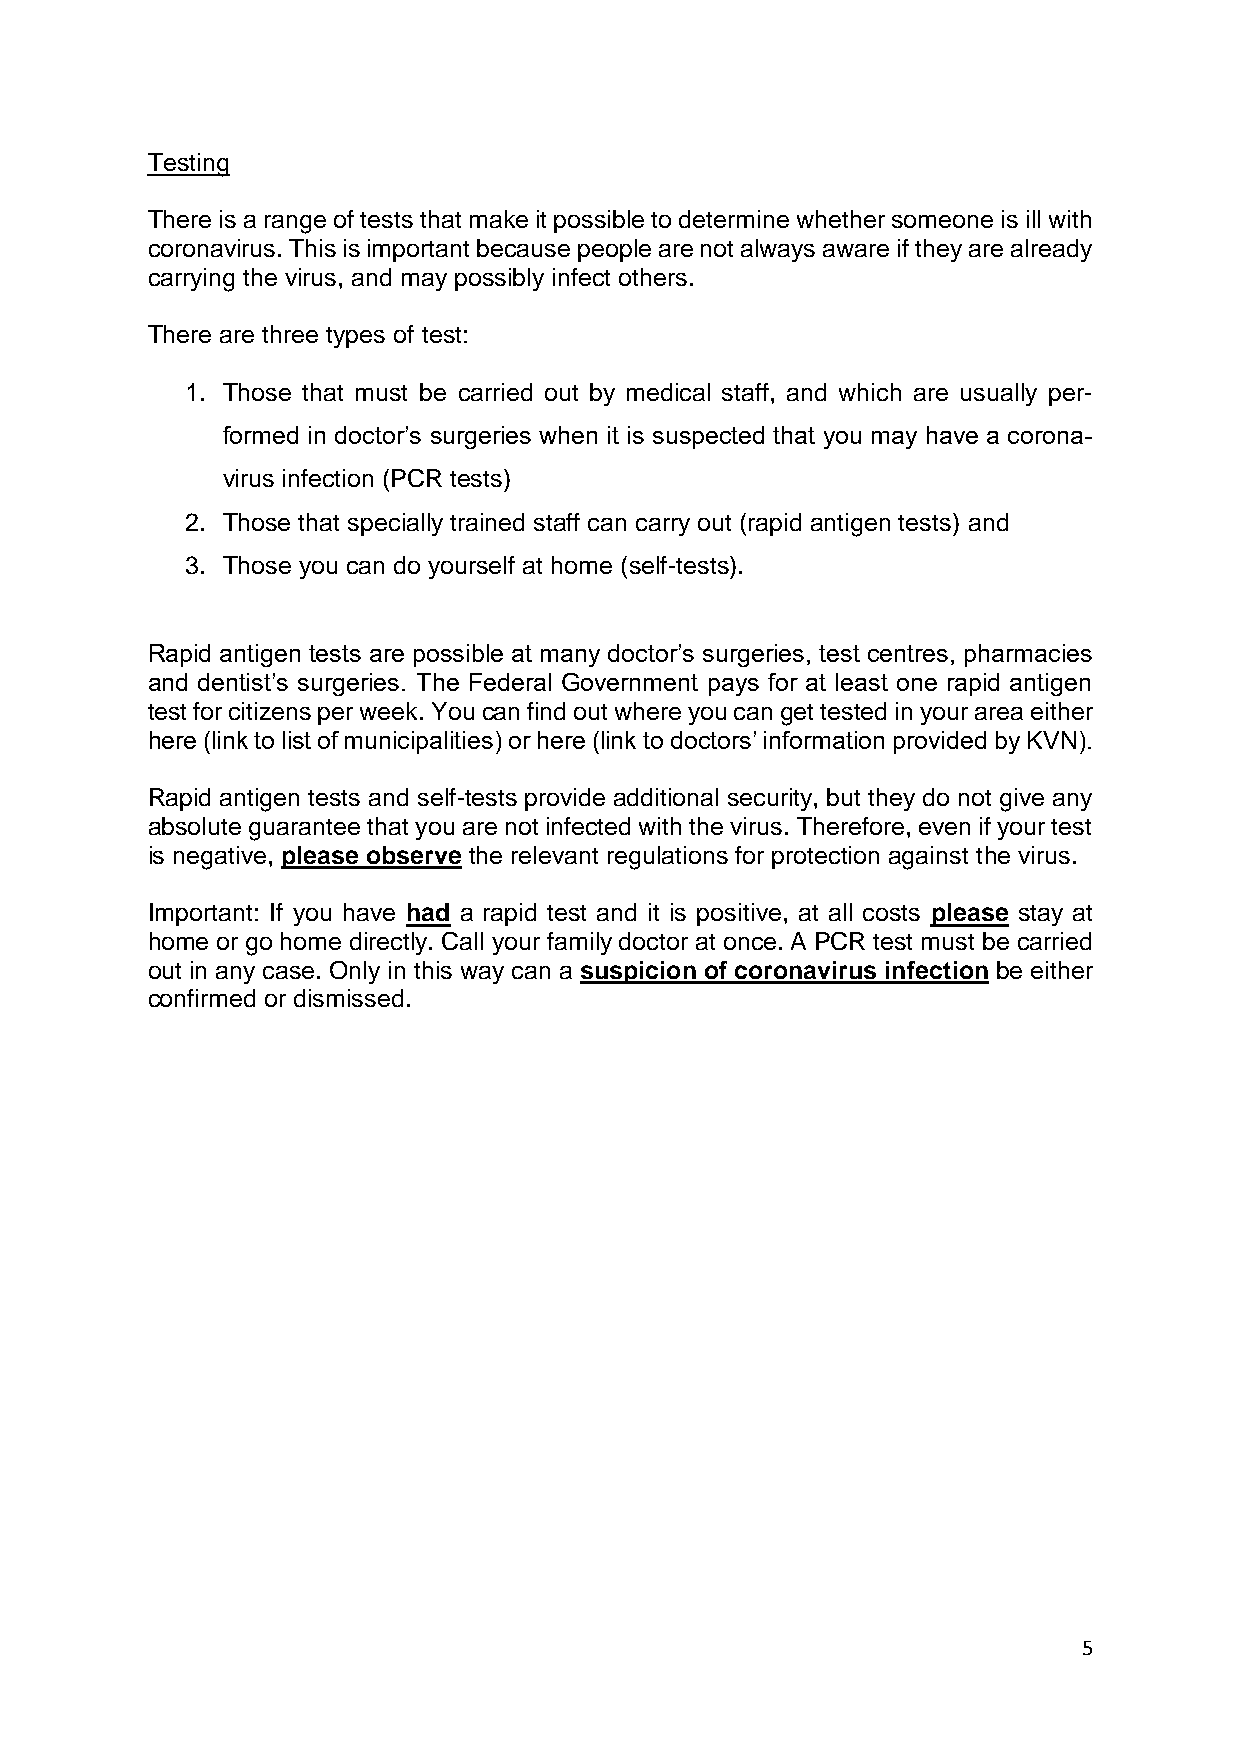
Testing
 There is a range of tests that make it possible to determine whether someone is ill with
 coronavirus. This is important because people are not always aware if they are already
 carrying the virus, and may possibly infect others.
 There are three types of test:
 1. Those that must be carried out by medical staff, and which are usually per-
 formed in doctor’s surgeries when it is suspected that you may have a corona-
 virus infection (PCR tests)
 2. Those that specially trained staff can carry out (rapid antigen tests) and
 3. Those you can do yourself at home (self-tests).
 Rapid antigen tests are possible at many doctor’s surgeries, test centres, pharmacies
 and dentist’s surgeries. The Federal Government pays for at least one rapid antigen
 test for citizens per week. You can find out where you can get tested in your area either
 here (link to list of municipalities) or here (link to doctors’ information provided by KVN).
 Rapid antigen tests and self-tests provide additional security, but they do not give any
 absolute guarantee that you are not infected with the virus. Therefore, even if your test
 is negative, please observe the relevant regulations for protection against the virus.
 Important: If you have had a rapid test and it is positive, at all costs please stay at
 home or go home directly. Call your family doctor at once. A PCR test must be carried
 out in any case. Only in this way can a suspicion of coronavirus infection be either
 confirmed or dismissed.
 5